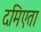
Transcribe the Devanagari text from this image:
दमिएता